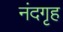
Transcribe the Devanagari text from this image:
नंदगृह